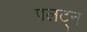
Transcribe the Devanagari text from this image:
पलट्न